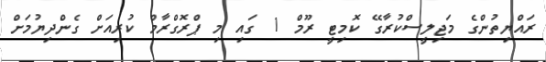
ރައްޔިތުންގެ މަޖިލީސްކުރާގޭ ކޮމިޓީ ރޫމް 1 ގައި މި ޕްރޮގްރާމް ކުރިއަށް ގެންދިޔުމަށް